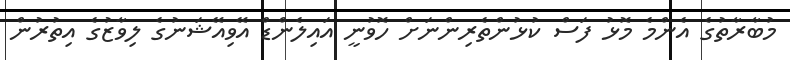
މުބާރާތުގެ އެންމެ މޮޅު ފަސް ކުޅުންތެރިންނަށް ހޮވުނީ އައިލެންޑް އޭވިއޭޝަނުގެ ލިވާޒުގެ އިތުރުން